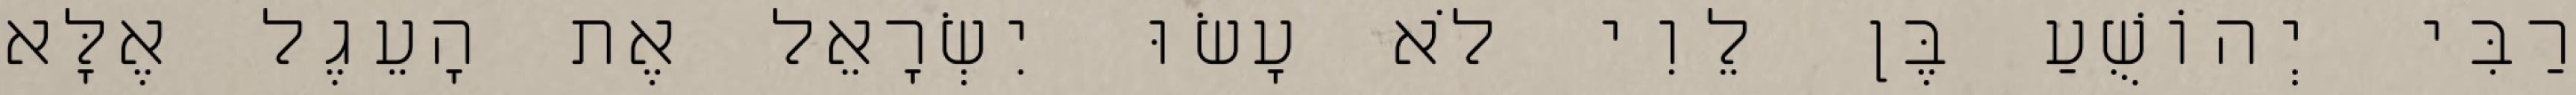
רַבִּי יְהוֹשֻׁעַ בֶּן לֵוִי לֹא עָשׂוּ יִשְׂרָאֵל אֶת הָעֵגֶל אֶלָּא